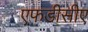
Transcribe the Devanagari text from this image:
एफडीसीए